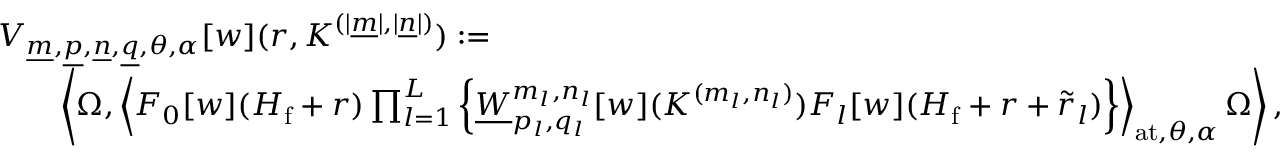
\begin{array} { r l r } { \lefteqn { V _ { \underline { { m } } , \underline { { p } } , \underline { { n } } , \underline { { q } } , \theta , \alpha } [ w ] ( r , K ^ { ( | \underline { { m } } | , | \underline { { n } } | ) } ) : = } } \\ & { } & { \left\langle \Omega , \left\langle F _ { 0 } [ w ] ( H _ { \mathrm { f } } + r ) \prod _ { l = 1 } ^ { L } \left\{ \underline { { W } } _ { p _ { l } , q _ { l } } ^ { m _ { l } , n _ { l } } [ w ] ( K ^ { ( m _ { l } , n _ { l } ) } ) F _ { l } [ w ] ( H _ { \mathrm { f } } + r + \widetilde { r } _ { l } ) \right\} \right\rangle _ { \mathrm { a t } , \theta , \alpha } \Omega \right\rangle , } \end{array}